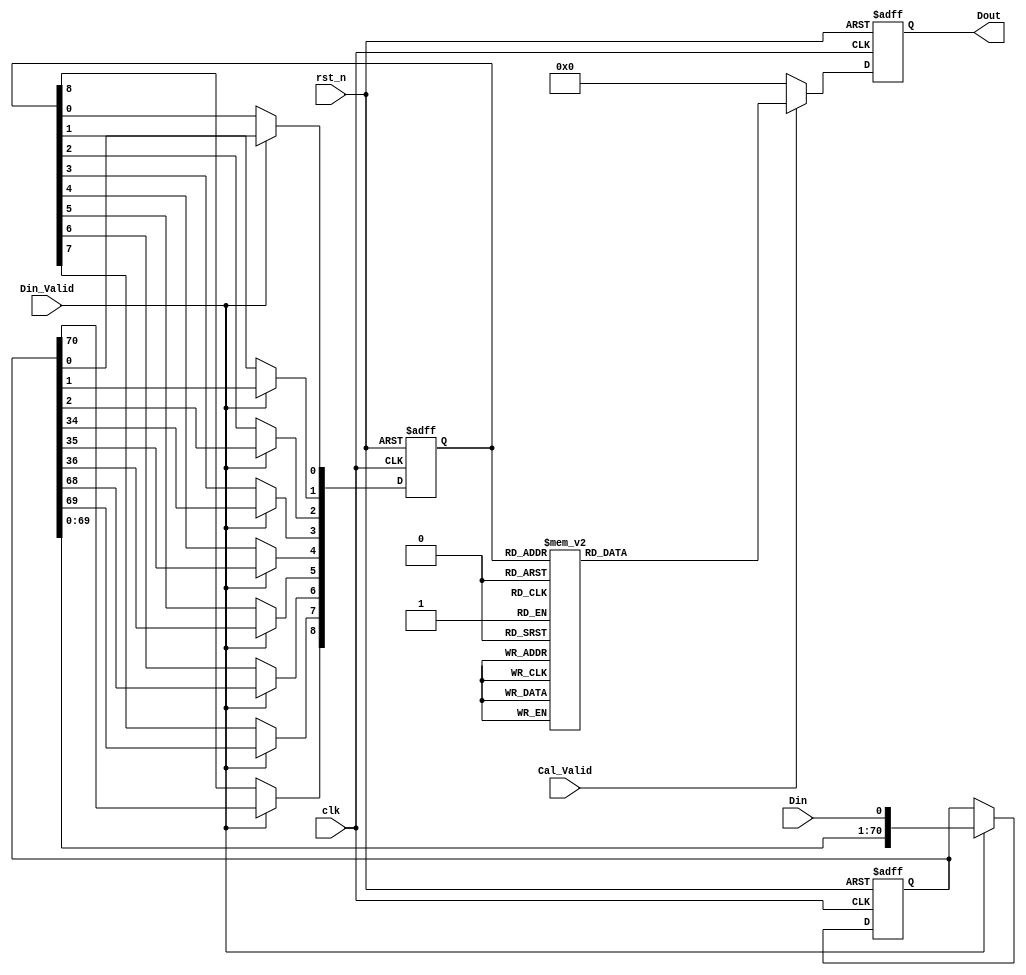
module First_CNN_0(
clk,
rst_n,
Din_Valid,
Cal_Valid,
Din,
Dout
);

input clk;
input rst_n;
input Din_Valid;
input Cal_Valid;
input Din; // 1-bit 
output reg signed [7:0] Dout; // 

reg [70:0] line_buffer; // 34*34 
reg [8:0] window_buffer; // 3*3         

    // Data Buffer
    always @ (posedge clk or negedge rst_n) begin
        if (!rst_n)
            begin
                line_buffer   <= 71'd0;
                window_buffer <= 4'b0000;
            end
        else begin
            if(Din_Valid) begin
                line_buffer      <= {line_buffer[69:0],Din};
                window_buffer[8] <= line_buffer[70];
                window_buffer[7] <= line_buffer[69];
                window_buffer[6] <= line_buffer[68];
                window_buffer[5] <= line_buffer[36];
                window_buffer[4] <= line_buffer[35];
                window_buffer[3] <= line_buffer[34];
                window_buffer[2] <= line_buffer[2];
                window_buffer[1] <= line_buffer[1];
                window_buffer[0] <= line_buffer[0];
            end
            else begin
            line_buffer   <= line_buffer;
            window_buffer <= window_buffer;
            end  
        end
    end

    always @(posedge clk or negedge rst_n) begin
        if (!rst_n)
            Dout <= 8'b00000000;
        else begin
            if(Cal_Valid) begin
            case(window_buffer)
                9'b000000000:Dout<=8'd3;
                9'b101001011:Dout<=8'd3;
                9'b000001000:Dout<=8'd11;
                9'b001000001:Dout<=8'd11;
                9'b000010000:Dout<=8'd30;
                9'b001001100:Dout<=8'd30;
                9'b001100000:Dout<=8'd30;
                9'b011000010:Dout<=8'd30;
                9'b101011011:Dout<=8'd30;
                9'b000011000:Dout<=8'd38;
                9'b001010001:Dout<=8'd38;
                9'b001101000:Dout<=8'd38;
                9'b011001010:Dout<=8'd38;
                9'b101000010:Dout<=8'd38;
                9'b000011100:Dout<=8'd6;
                9'b000110000:Dout<=8'd6;
                9'b001010101:Dout<=8'd6;
                9'b001101100:Dout<=8'd6;
                9'b010010010:Dout<=8'd6;
                9'b011001110:Dout<=8'd6;
                9'b011100010:Dout<=8'd6;
                9'b101000110:Dout<=8'd6;
                9'b101111011:Dout<=8'd6;
                9'b000111000:Dout<=8'd14;
                9'b001011101:Dout<=8'd14;
                9'b001110001:Dout<=8'd14;
                9'b010011010:Dout<=8'd14;
                9'b011010011:Dout<=8'd14;
                9'b011101010:Dout<=8'd14;
                9'b100010010:Dout<=8'd14;
                9'b101001110:Dout<=8'd14;
                9'b101100010:Dout<=8'd14;
                9'b001000000:Dout<=8'd54;
                9'b001000010:Dout<=8'd4;
                9'b110101001:Dout<=8'd4;
                9'b001000100:Dout<=8'd22;
                9'b001111001:Dout<=8'd22;
                9'b011011011:Dout<=8'd22;
                9'b100011010:Dout<=8'd22;
                9'b101010011:Dout<=8'd22;
                9'b101101010:Dout<=8'd22;
                9'b001001000:Dout<=8'd62;
                9'b001001001:Dout<=8'd19;
                9'b001001010:Dout<=8'd12;
                9'b001010000:Dout<=8'd81;
                9'b001010010:Dout<=8'd31;
                9'b110000100:Dout<=8'd31;
                9'b110111001:Dout<=8'd31;
                9'b001010100:Dout<=8'd49;
                9'b101111010:Dout<=8'd49;
                9'b001011000:Dout<=8'd89;
                9'b001011001:Dout<=8'd46;
                9'b101001010:Dout<=8'd46;
                9'b001011010:Dout<=8'd39;
                9'b110001100:Dout<=8'd39;
                9'b110100000:Dout<=8'd39;
                9'b111000101:Dout<=8'd39;
                9'b001011100:Dout<=8'd56;
                9'b001110000:Dout<=8'd56;
                9'b011010010:Dout<=8'd56;
                9'b001011110:Dout<=8'd7;
                9'b001110010:Dout<=8'd7;
                9'b110100100:Dout<=8'd7;
                9'b001110100:Dout<=8'd25;
                9'b011010110:Dout<=8'd25;
                9'b001111000:Dout<=8'd65;
                9'b011011010:Dout<=8'd65;
                9'b101010010:Dout<=8'd65;
                9'b001111010:Dout<=8'd15;
                9'b110010101:Dout<=8'd15;
                9'b110101100:Dout<=8'd15;
                9'b111100101:Dout<=8'd15;
                9'b001111100:Dout<=8'd33;
                9'b011011110:Dout<=8'd33;
                9'b011110010:Dout<=8'd33;
                9'b101010110:Dout<=8'd33;
                9'b010000000:Dout<=8'd28;
                9'b100011001:Dout<=8'd28;
                9'b101101001:Dout<=8'd28;
                9'b111001011:Dout<=8'd28;
                9'b010001000:Dout<=8'd37;
                9'b011000001:Dout<=8'd37;
                9'b100000000:Dout<=8'd37;
                9'b010001100:Dout<=8'd5;
                9'b010100000:Dout<=8'd5;
                9'b011000101:Dout<=8'd5;
                9'b100000100:Dout<=8'd5;
                9'b100111001:Dout<=8'd5;
                9'b110011011:Dout<=8'd5;
                9'b111101011:Dout<=8'd5;
                9'b010010000:Dout<=8'd56;
                9'b011001100:Dout<=8'd56;
                9'b011100000:Dout<=8'd56;
                9'b101000100:Dout<=8'd56;
                9'b101111001:Dout<=8'd56;
                9'b111011011:Dout<=8'd56;
                9'b010010001:Dout<=8'd13;
                9'b010101000:Dout<=8'd13;
                9'b011001101:Dout<=8'd13;
                9'b011100001:Dout<=8'd13;
                9'b100001100:Dout<=8'd13;
                9'b100100000:Dout<=8'd13;
                9'b101000101:Dout<=8'd13;
                9'b110000010:Dout<=8'd13;
                9'b010010100:Dout<=8'd24;
                9'b011100100:Dout<=8'd24;
                9'b101111101:Dout<=8'd24;
                9'b110111010:Dout<=8'd24;
                9'b111011111:Dout<=8'd24;
                9'b111110011:Dout<=8'd24;
                9'b010011000:Dout<=8'd64;
                9'b011010001:Dout<=8'd64;
                9'b011101000:Dout<=8'd64;
                9'b100010000:Dout<=8'd64;
                9'b101001100:Dout<=8'd64;
                9'b101100000:Dout<=8'd64;
                9'b111000010:Dout<=8'd64;
                9'b010011001:Dout<=8'd21;
                9'b011101001:Dout<=8'd21;
                9'b100010001:Dout<=8'd21;
                9'b100101000:Dout<=8'd21;
                9'b101001101:Dout<=8'd21;
                9'b101100001:Dout<=8'd21;
                9'b110001010:Dout<=8'd21;
                9'b111000011:Dout<=8'd21;
                9'b010011100:Dout<=8'd32;
                9'b010110000:Dout<=8'd32;
                9'b011010101:Dout<=8'd32;
                9'b011101100:Dout<=8'd32;
                9'b100010100:Dout<=8'd32;
                9'b101100100:Dout<=8'd32;
                9'b111000110:Dout<=8'd32;
                9'b111111011:Dout<=8'd32;
                9'b010111000:Dout<=8'd40;
                9'b011011101:Dout<=8'd40;
                9'b011110001:Dout<=8'd40;
                9'b100011100:Dout<=8'd40;
                9'b100110000:Dout<=8'd40;
                9'b101010101:Dout<=8'd40;
                9'b101101100:Dout<=8'd40;
                9'b110010010:Dout<=8'd40;
                9'b111001110:Dout<=8'd40;
                9'b111100010:Dout<=8'd40;
                9'b010111100:Dout<=8'd8;
                9'b011110101:Dout<=8'd8;
                9'b100110100:Dout<=8'd8;
                9'b110010110:Dout<=8'd8;
                9'b111100110:Dout<=8'd8;
                9'b011000000:Dout<=8'd80;
                9'b101011001:Dout<=8'd80;
                9'b011000100:Dout<=8'd48;
                9'b011111001:Dout<=8'd48;
                9'b100111000:Dout<=8'd48;
                9'b101011101:Dout<=8'd48;
                9'b101110001:Dout<=8'd48;
                9'b110011010:Dout<=8'd48;
                9'b111010011:Dout<=8'd48;
                9'b111101010:Dout<=8'd48;
                9'b011001000:Dout<=8'd88;
                9'b101000000:Dout<=8'd88;
                9'b011001001:Dout<=8'd45;
                9'b100001000:Dout<=8'd45;
                9'b101000001:Dout<=8'd45;
                9'b011010000:Dout<=8'd107;
                9'b011010100:Dout<=8'd75;
                9'b111111010:Dout<=8'd75;
                9'b011011000:Dout<=8'd114;
                9'b101010000:Dout<=8'd114;
                9'b011011001:Dout<=8'd72;
                9'b100011000:Dout<=8'd72;
                9'b101010001:Dout<=8'd72;
                9'b101101000:Dout<=8'd72;
                9'b111001010:Dout<=8'd72;
                9'b011011100:Dout<=8'd83;
                9'b011110000:Dout<=8'd83;
                9'b101010100:Dout<=8'd83;
                9'b011110100:Dout<=8'd51;
                9'b011110110:Dout<=8'd1;
                9'b011111000:Dout<=8'd91;
                9'b101011100:Dout<=8'd91;
                9'b101110000:Dout<=8'd91;
                9'b111010010:Dout<=8'd91;
                9'b011111010:Dout<=8'd41;
                9'b101011110:Dout<=8'd41;
                9'b101110010:Dout<=8'd41;
                9'b011111100:Dout<=8'd59;
                9'b101110100:Dout<=8'd59;
                9'b111010110:Dout<=8'd59;
                9'b011111101:Dout<=8'd16;
                9'b100111100:Dout<=8'd16;
                9'b101110101:Dout<=8'd16;
                9'b110011110:Dout<=8'd16;
                9'b110110010:Dout<=8'd16;
                9'b111010111:Dout<=8'd16;
                9'b111101110:Dout<=8'd16;
                9'b011111110:Dout<=8'd9;
                9'b101110110:Dout<=8'd9;
                9'b100001001:Dout<=8'd2;
                9'b101001000:Dout<=8'd96;
                9'b101001001:Dout<=8'd53;
                9'b101011000:Dout<=8'd123;
                9'b101011010:Dout<=8'd73;
                9'b101111000:Dout<=8'd99;
                9'b111011010:Dout<=8'd99;
                9'b101111100:Dout<=8'd67;
                9'b111011110:Dout<=8'd67;
                9'b111110010:Dout<=8'd67;
                9'b101111110:Dout<=8'd17;
                9'b110000000:Dout<=8'd63;
                9'b110000001:Dout<=8'd20;
                9'b110001000:Dout<=8'd71;
                9'b111000001:Dout<=8'd71;
                9'b110001001:Dout<=8'd28;
                9'b110010000:Dout<=8'd90;
                9'b111001100:Dout<=8'd90;
                9'b111100000:Dout<=8'd90;
                9'b110010001:Dout<=8'd47;
                9'b110101000:Dout<=8'd47;
                9'b111001101:Dout<=8'd47;
                9'b111100001:Dout<=8'd47;
                9'b110010100:Dout<=8'd57;
                9'b111100100:Dout<=8'd57;
                9'b110011000:Dout<=8'd98;
                9'b111010001:Dout<=8'd98;
                9'b111101000:Dout<=8'd98;
                9'b110011001:Dout<=8'd55;
                9'b111101001:Dout<=8'd55;
                9'b110011100:Dout<=8'd66;
                9'b110110000:Dout<=8'd66;
                9'b111010101:Dout<=8'd66;
                9'b111101100:Dout<=8'd66;
                9'b110011101:Dout<=8'd23;
                9'b110110001:Dout<=8'd23;
                9'b111101101:Dout<=8'd23;
                9'b110110100:Dout<=8'd34;
                9'b110111000:Dout<=8'd74;
                9'b111011101:Dout<=8'd74;
                9'b111110001:Dout<=8'd74;
                9'b110111100:Dout<=8'd42;
                9'b111110101:Dout<=8'd42;
                9'b111000000:Dout<=8'd113;
                9'b111000100:Dout<=8'd82;
                9'b111111001:Dout<=8'd82;
                9'b111001000:Dout<=8'd122;
                9'b111001001:Dout<=8'd79;
                9'b111010000:Dout<=8'd141;
                9'b111010100:Dout<=8'd109;
                9'b111011000:Dout<=8'd149;
                9'b111011001:Dout<=8'd106;
                9'b111011100:Dout<=8'd117;
                9'b111110000:Dout<=8'd117;
                9'b111110100:Dout<=8'd85;
                9'b111110110:Dout<=8'd35;
                9'b111111000:Dout<=8'd125;
                9'b111111100:Dout<=8'd93;
                9'b111111101:Dout<=8'd50;
                9'b111111110:Dout<=8'd43;
                default:     Dout<=8'd0;
            endcase
            end
            else
                Dout<=8'd0;
        end
    end
endmodule